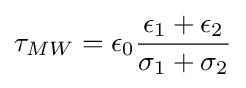
\tau _{MW}=\epsilon _{0}{\frac {\epsilon _{1}+\epsilon _{2}}{\sigma _{1}+\sigma _{2}}}